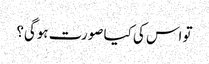
تو اس کی کیا صورت ہوگی؟